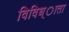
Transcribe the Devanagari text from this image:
विविध्ाता